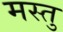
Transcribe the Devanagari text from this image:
मस्तु